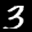
Label: 3